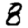
Digit: 8